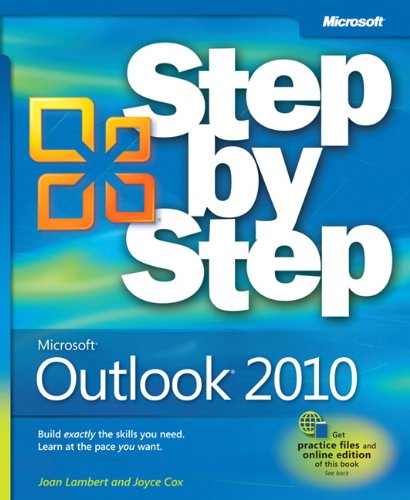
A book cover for Microsoft Outlook 2010 Step by Step; Joan Lambert; Computers & Technology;